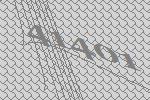
41401